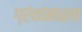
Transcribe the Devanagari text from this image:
ग्रंथांमधला